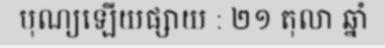
បុណ្យឡើយផ្សាយ : ២១ តុលា ឆ្នាំ